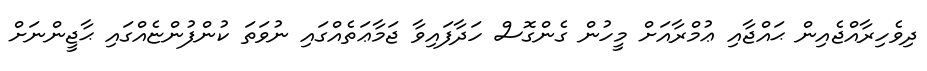
ދިވެހިރާއްޖެއިން ޙައްޖާއި ޢުމްރާއަށް މީހުން ގެންގޮސް ހަދާފައިވާ ޖަމާޢަތެއްގައި ނުވަތަ ކުންފުންޏެއްގައި ޙާޖީންނަށް